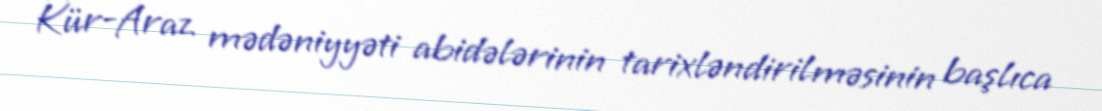
Kür-Araz mədəniyyəti abidələrinin tarixləndirilməsinin başlıca